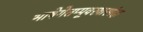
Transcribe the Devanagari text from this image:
भाषेगेतप्पूवरयारगंदा